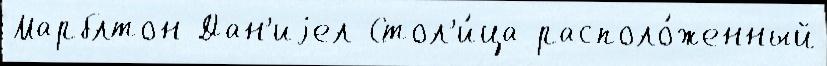
Марблтон Дан'иjел Стол'и́ца располо́женный